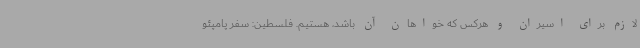
لازم برای اسیران و هرکس که خواهان آن باشد، هستیم. فلسطین: سفر پامپئو